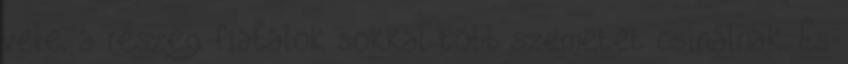
vele, a részeg fiatalok sokkal több szemetet csinálnak. És